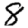
Digit: 8